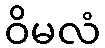
ဝိမလံ